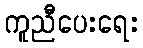
ကူညီပေးရေး